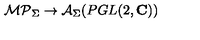
{ \cal M P } _ { \Sigma } \rightarrow { \cal A } _ { \Sigma } ( P G L ( 2 , { \bf C } ) )